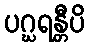
ပဂ္ဃရန္တီပိ